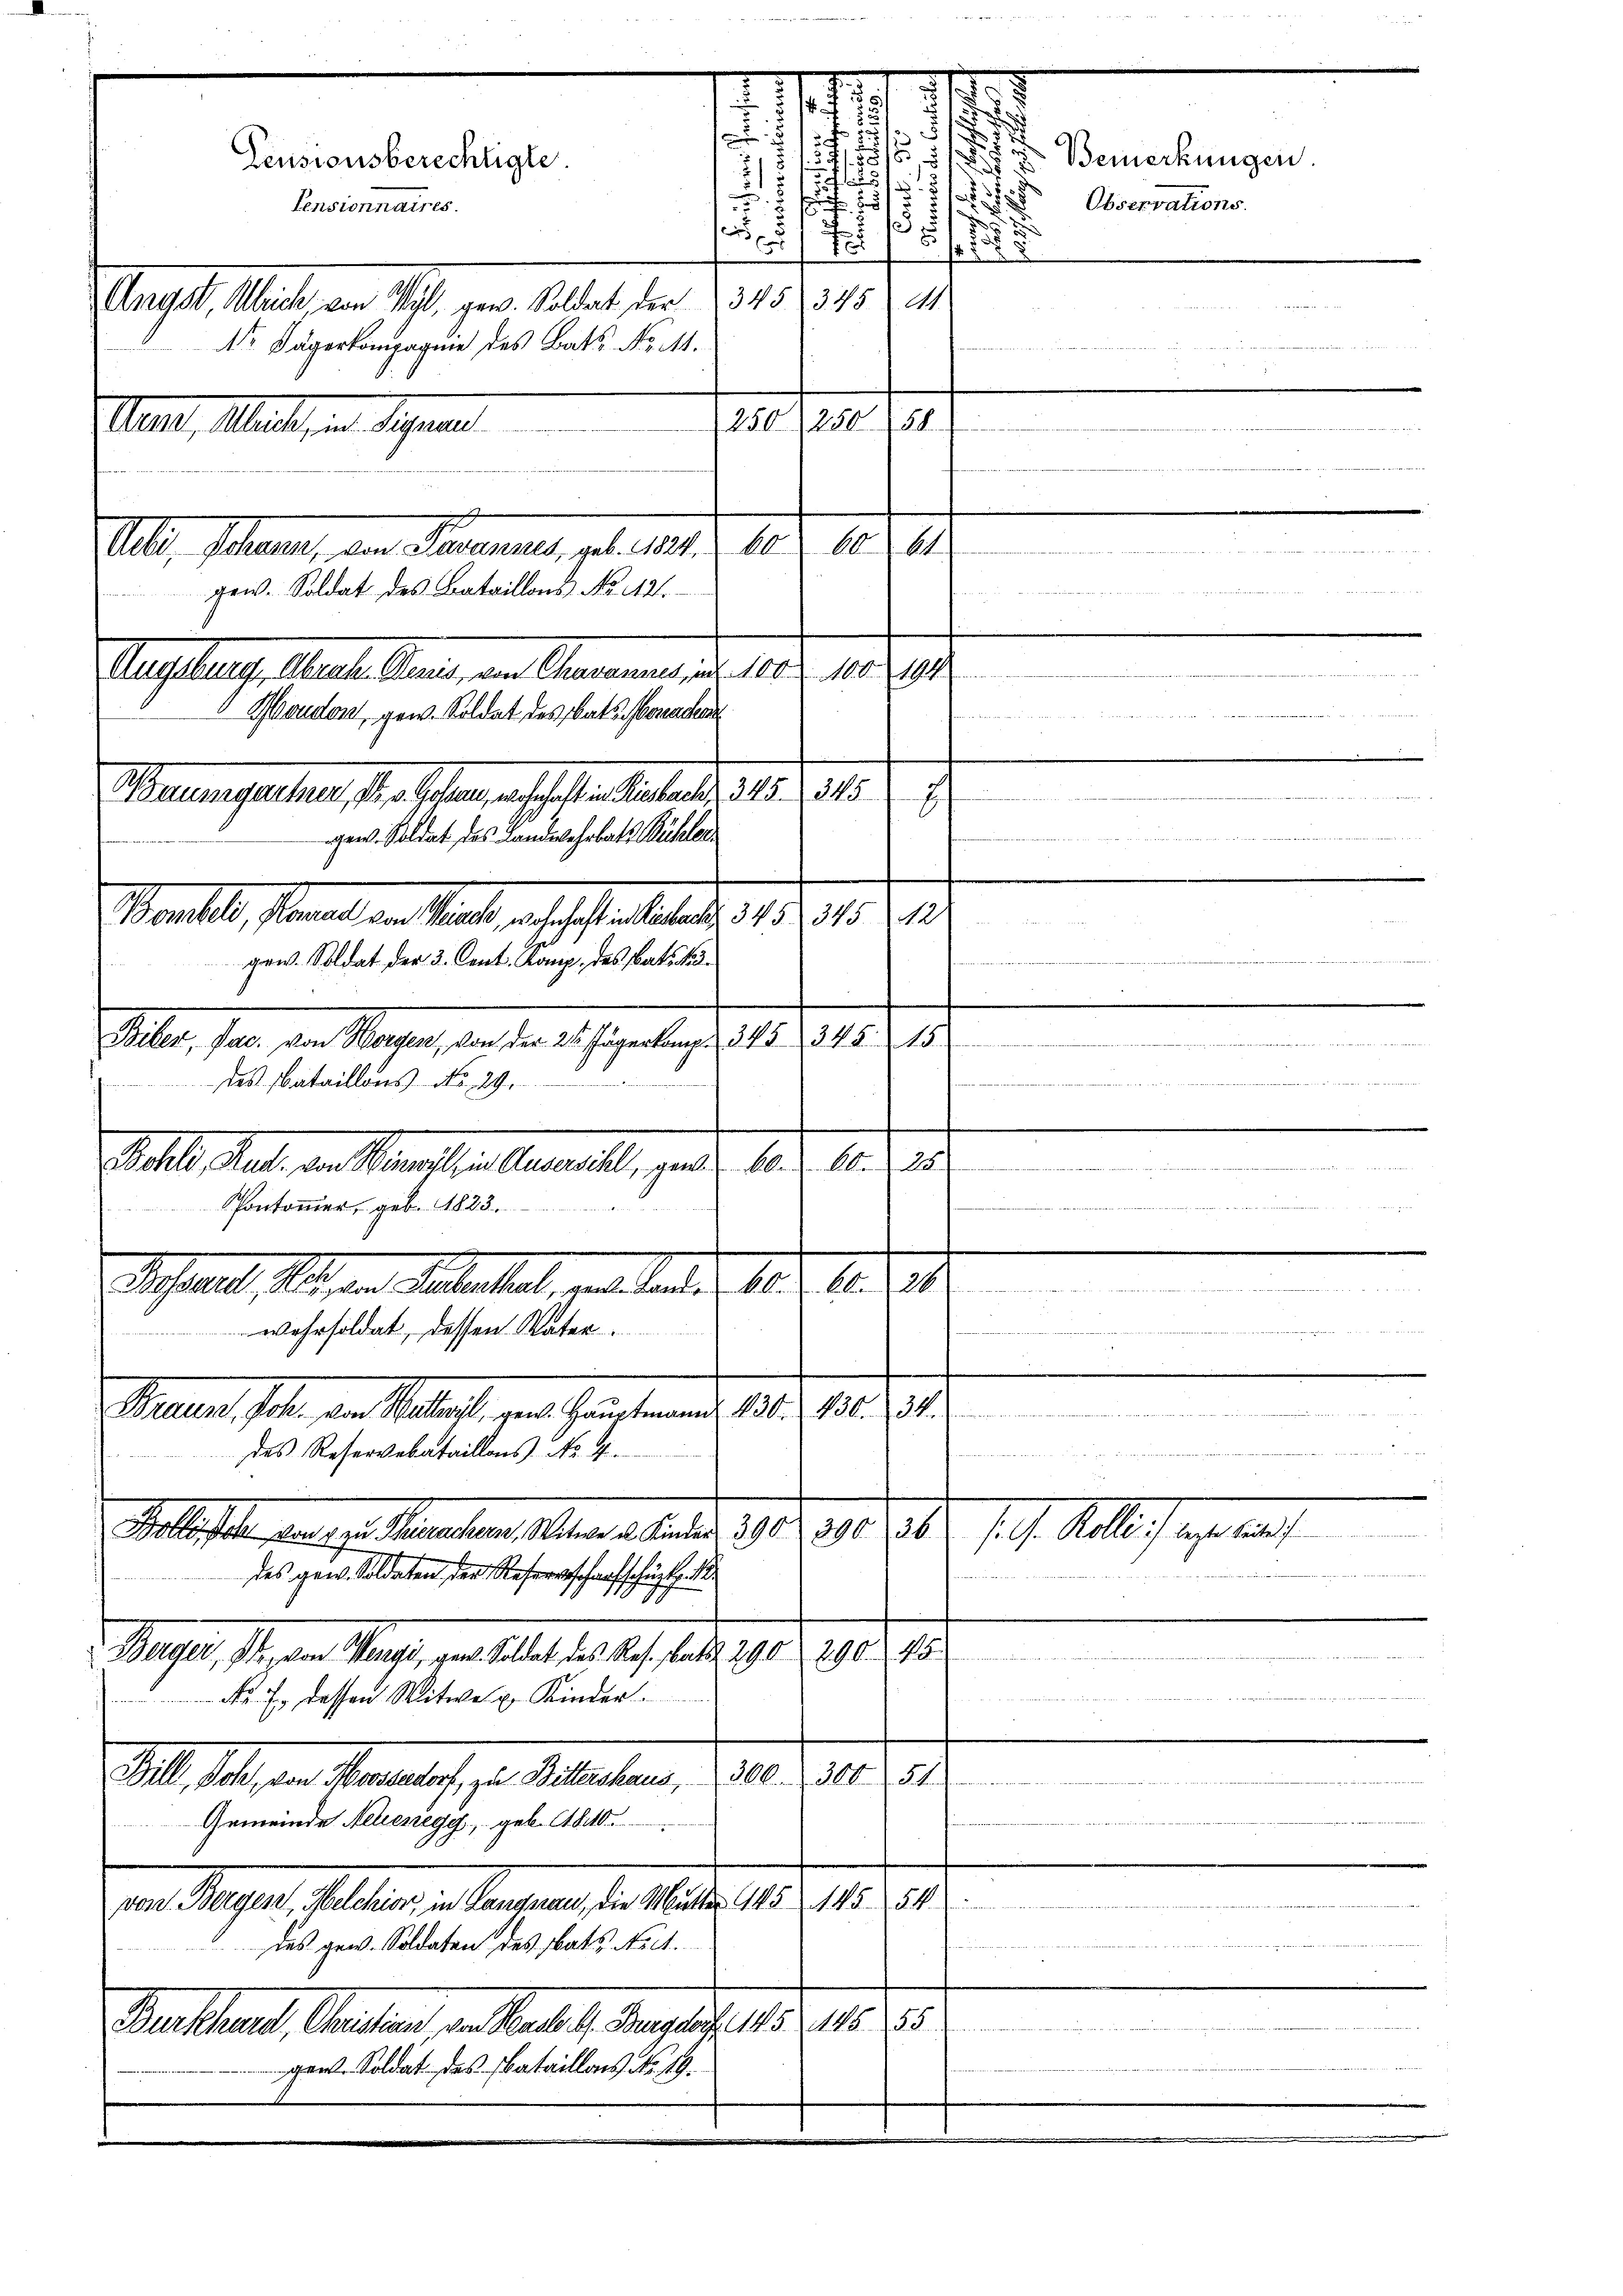
Pensionnaires.
250, 280 (884
Mann, Markt, in Signan

Pensionsberechtigte.

2
d
er
f
Angst, Alleich, von Wyl, gew. Soldat der 345 345 41
Nr Jägerkompagnie des Batt No. M.

225.
All, staunt, den Sammer, geb. 1821 n 10. 1041
gew. Soldat des Bataillons No 12.
Auslangt, Mustellenz, den Gemeinen das 1802. 1891
.
Moudon, gew. Soldat des bat erache
.
Baumgartner P. R. hat, als alten Betreuer, 141. 1312.
8
 140.
gew. Soldat des Landwehrbatt Bühler
Martet, sonalen ist, als sehen habe des 1791. 21
8
gew. Soldat der 2. Cent. Komp., das Patrik
ilber, hat die Wagen, der den 2. Juli 1815. 1918. 10.
e
das bataillons No. 29.

Stelle Real, von Maassen Generall, gard 632. 60. 23.
a
Pontomier, geb. 1823.
debit der Herrenten der nicht eine
Achsel, Schen Palackelt, verlande, 18. 12. 318.
wahrsoldat, dessen Vater.

Miauen, sehen von Waadt, gene Gartemende 1812. 10. 1
des Reservebataillons No. 4.

1390. 908 ff. Aber 190. 1941.
Mitleister heutige Mauerten Mater a. an der 1910.
2
des gen. Soldaten der Recharfschüt
6
Berger, Pr. von Menzi, gen. Soldat des Res., betag 290 n 290. 45

No. 7. dessen Witwe u. Kinder
24
All des an Parlach, u. Betretung, d. 10. 1910.

Gemeinde Neuenegg, geb. 1810.
n
Dem Magen. Allen u. Mannen, d. 101. 15. 10. 15.
. des gew. Soldaten des Rats No 4.
Burkhardt, Christian von Mart. 4. Tauglicht 195. 146. 55
gen. Soldat des Bataillons No. 19.

2
x
1

6
e
.
s, u

Bemerkungen
Observations.
.
s

u